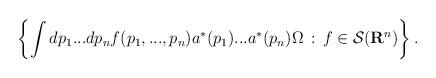
LaTeX: \begin{align*}\left \{ \int dp_1...dp_n f(p_1,...,p_n)a^*(p_1)...a^*(p_n)\Omega\, :\, f\in {\cal S}({\bf R}^n) \right \}.\end{align*}